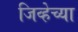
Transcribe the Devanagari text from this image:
जिव्हेच्या